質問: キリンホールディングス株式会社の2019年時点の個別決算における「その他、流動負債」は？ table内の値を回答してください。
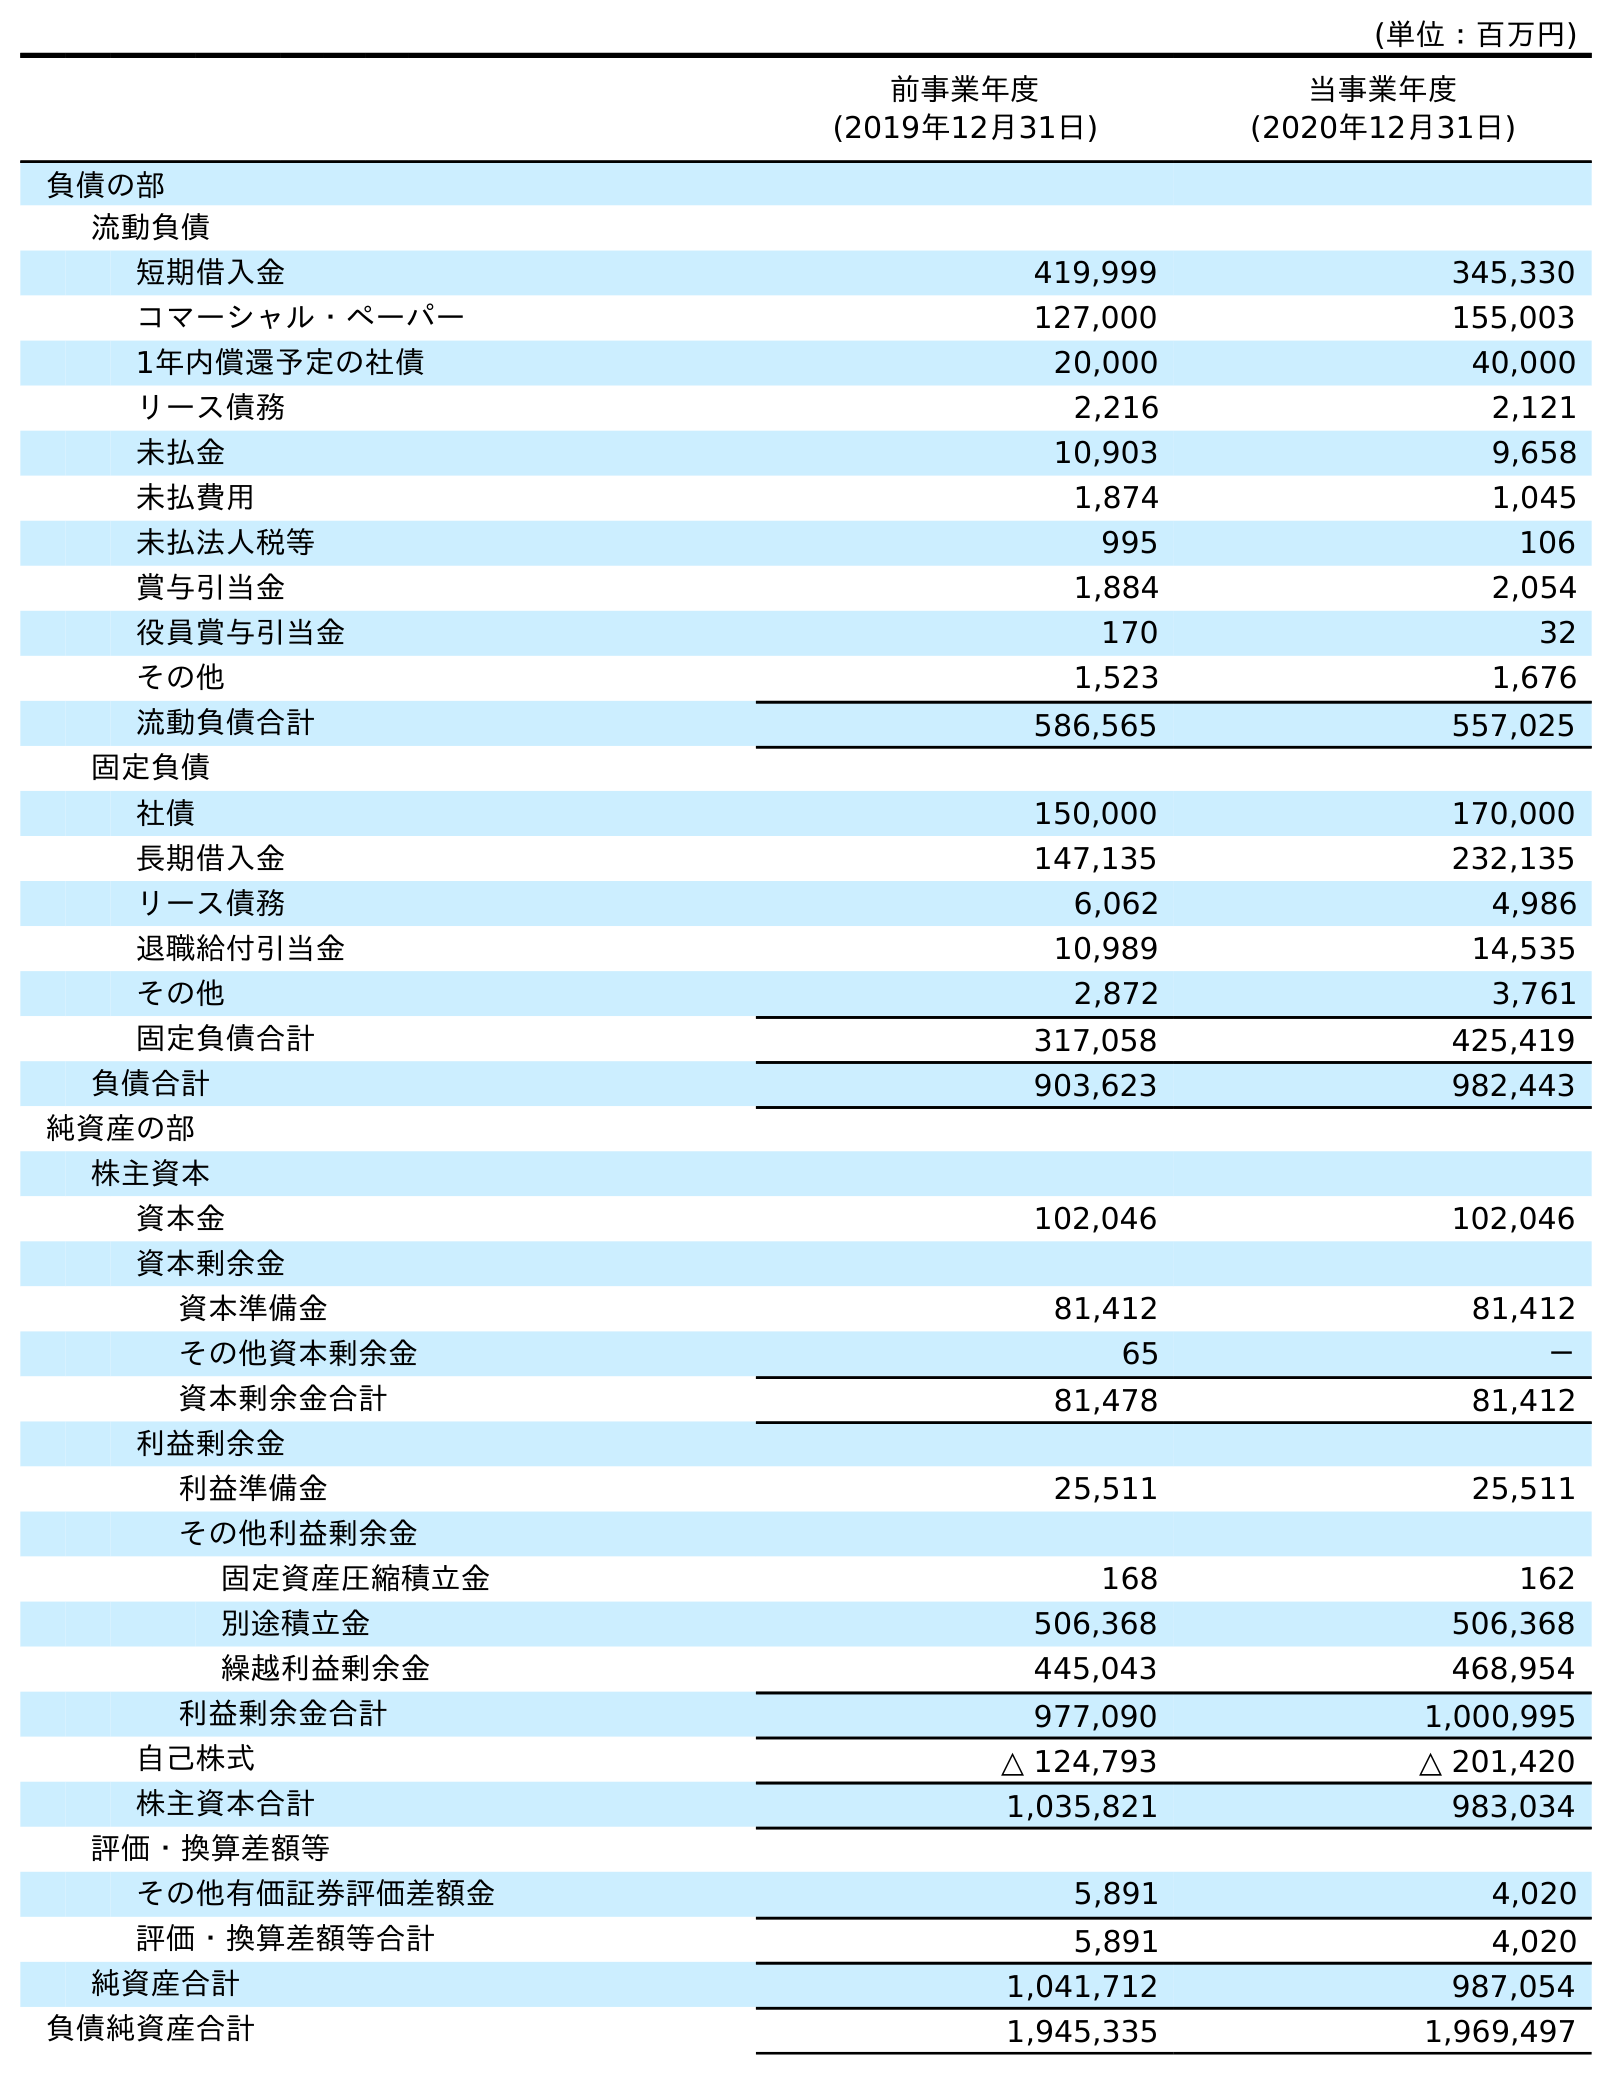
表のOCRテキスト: (単位：百万円) 前事業年度 (2019年12月31日) 当事業年度 (2020年12月31日) 負債の部 流動負債 短期借入金 419,999 345,330 コマーシャル・ペーパー 127,000 155,003 1年内償還予定の社債 20,000 40,000 リース債務 2,216 2,121 未払金 10,903 9,658 未払費用 1,874 1,045 未払法人税等 995 106 賞与引当金 1,884 2,054 役員賞与引当金 170 32 その他 1,523 1,676 流動負債合計 586,565 557,025 固定負債 社債 150,000 170,000 長期借入金 147,135 232,135 リース債務 6,062 4,986 退職給付引当金 10,989 14,535 その他 2,872 3,761 固定負債合計 317,058 425,419 負債合計 903,623 982,443 純資産の部 株主資本 資本金 102,046 102,046 資本剰余金 資本準備金 81,412 81,412 その他資本剰余金 65 － 資本剰余金合計 81,478 81,412 利益剰余金 利益準備金 25,511 25,511 その他利益剰余金 固定資産圧縮積立金 168 162 別途積立金 506,368 506,368 繰越利益剰余金 445,043 468,954 利益剰余金合計 977,090 1,000,995 自己株式 △ 124,793 △ 201,420 株主資本合計 1,035,821 983,034 評価・換算差額等 その他有価証券評価差額金 5,891 4,020 評価・換算差額等合計 5,891 4,020 純資産合計 1,041,712 987,054 負債純資産合計 1,945,335 1,969,497
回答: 1,523